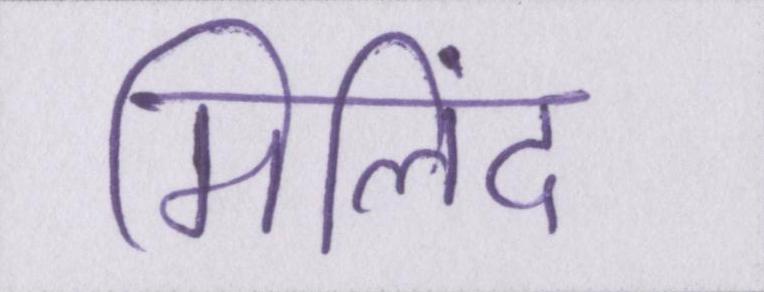
मिलिंद